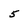
Character: 5